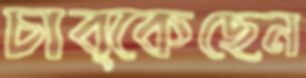
চাব্‌কেছেন